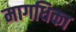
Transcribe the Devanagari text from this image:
मागधिका